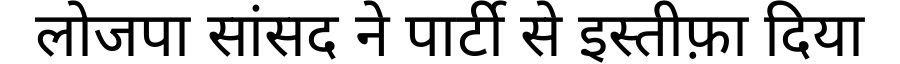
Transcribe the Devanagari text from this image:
लोजपा सांसद ने पार्टी से इस्तीफ़ा दिया